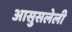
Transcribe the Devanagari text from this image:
आसुसलेली